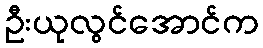
ဦးယုလွင်အောင်က